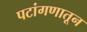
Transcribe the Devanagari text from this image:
पटांगणातून